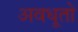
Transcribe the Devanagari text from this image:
अवधूतो